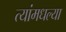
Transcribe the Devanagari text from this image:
त्यांमधल्या